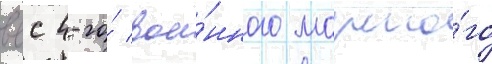
ввс 4-го́ вое́нного морско́го